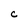
Character: C